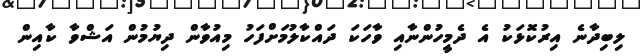
ލިބިދާނެ އިރުކޮޅަކު އެ ދެމީހުންނާއި ވާހަކަ ދައްކާލުމަށްފަހު މިއުވާން ދިޔުމުން އަޝްވާ ކާއިން